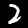
Digit: 2